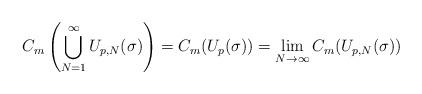
LaTeX: \begin{align*} C_m\left(\bigcup_{N=1}^\infty U_{p,N}(\sigma)\right)=C_m(U_p(\sigma))=\lim\limits_{N\to\infty}C_m(U_{p,N}(\sigma)) \end{align*}